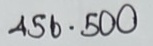
456 = 500